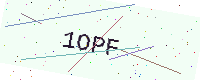
Text: 1OPF